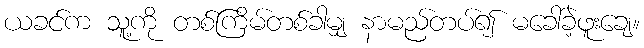
ယခင်က သူ့ကို တစ်ကြိမ်တစ်ခါမျှ နာမည်တပ်၍ မခေါ်ခဲ့ဖူးချေ။